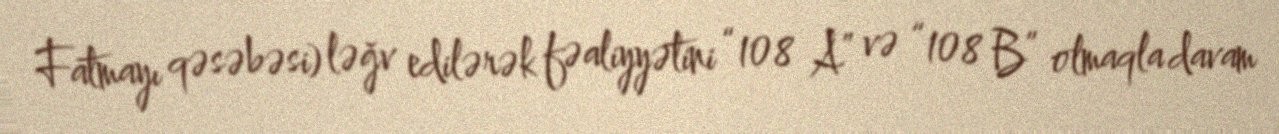
Fatmayı qəsəbəsi) ləğv edilərək fəaliyyətini “108 A” və “108 B” olmaqla davam